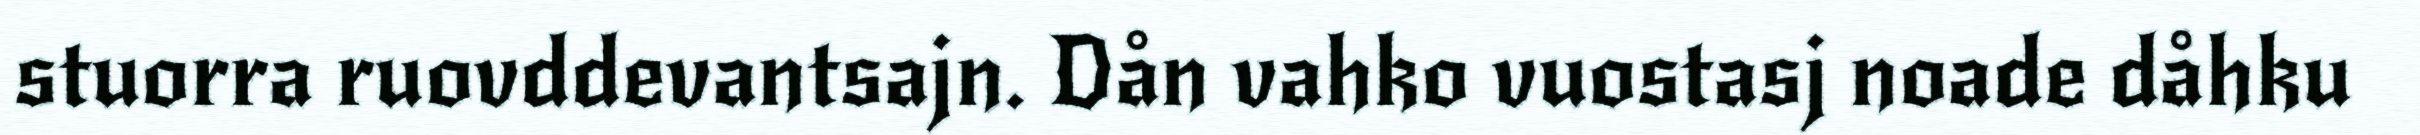
stuorra ruovddevantsajn. Dån vahko vuostasj noade dåhku